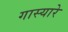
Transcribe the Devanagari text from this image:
गास्यारे